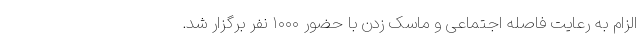
الزام به رعایت فاصله اجتماعی و ماسک زدن با حضور ۱۰۰۰ نفر برگزار شد.